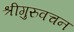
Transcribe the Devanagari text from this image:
श्रीगुरुवचन